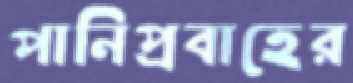
পানিপ্রবাহের